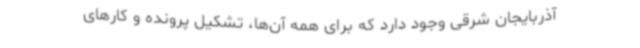
آذربایجان شرقی وجود دارد که برای همه آن‌ها، تشکیل پرونده و کارهای